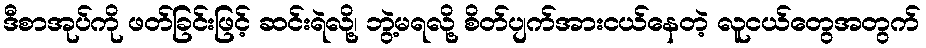
ဒီစာအုပ်ကို ဖတ်ခြင်းဖြင့် ဆင်းရဲလို့၊ ဘွဲ့မရလို့ စိတ်ပျက်အားငယ်နေတဲ့ လူငယ်တွေအတွက်